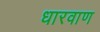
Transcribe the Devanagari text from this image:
धारवाण